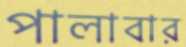
পালাবার